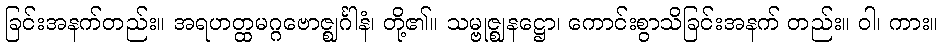
ခြင်းအနက်တည်း။ အရဟတ္ထမဂ္ဂဗောဇ္ဈင်္ဂါနံ၊ တို့၏။ သမ္ဗုဇ္ဈနဋ္ဌော၊ ကောင်းစွာသိခြင်းအနက် တည်း။ ဝါ၊ ကား။